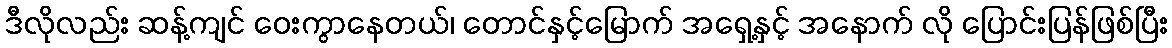
ဒီလိုလည်း ဆန့်ကျင် ဝေးကွာနေတယ်၊ တောင်နှင့်မြောက် အရှေ့နှင့် အနောက် လို ပြောင်းပြန်ဖြစ်ပြီး